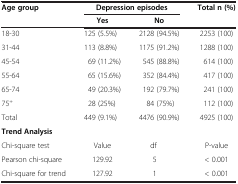
<table><thead><tr><td rowspan="2"><b>Age group</b></td><td colspan="2"><b>Depression episodes</b></td><td rowspan="2"><b>Total n (%)</b></td></tr><tr><td><b>Yes</b></td><td><b>No</b></td></tr></thead><tbody><tr><td>18-30</td><td>125 (5.5%)</td><td>2128 (94.5%)</td><td>2253 (100)</td></tr><tr><td>31-44</td><td>113 (8.8%)</td><td>1175 (91.2%)</td><td>1288 (100)</td></tr><tr><td>45-54</td><td>69 (11.2%)</td><td>545 (88.8%)</td><td>614 (100)</td></tr><tr><td>55-64</td><td>65 (15.6%)</td><td>352 (84.4%)</td><td>417 (100)</td></tr><tr><td>65-74</td><td>49 (20.3%)</td><td>192 (79.7%)</td><td>241 (100)</td></tr><tr><td>75<sup>+</sup></td><td>28 (25%)</td><td>84 (75%)</td><td>112 (100)</td></tr><tr><td>Total</td><td>449 (9.1%)</td><td>4476 (90.9%)</td><td>4925 (100)</td></tr><tr><td colspan="4"><b>Trend Analysis</b></td></tr><tr><td>Chi-square test</td><td>Value</td><td>df</td><td>P-value</td></tr><tr><td>Pearson chi-square</td><td>129.92</td><td>5</td><td>&lt; 0.001</td></tr><tr><td>Chi-square for trend</td><td>127.92</td><td>1</td><td>&lt; 0.001</td></tr></tbody></table>